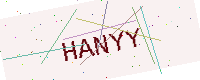
Text: HANYY